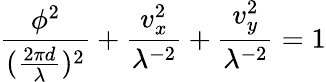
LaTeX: \frac{\phi^{2}}{(\frac{2\pi d}{\lambda})^{2}}+\frac{v_{x}^{2}}{\lambda^{-2}}+\frac{v_{y}^{2}}{\lambda^{-2}}=1